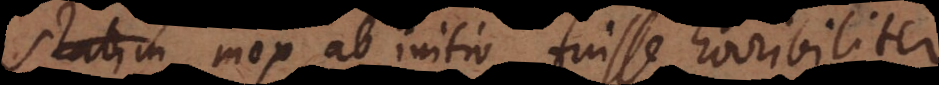
ta mox ab initio fuisse horribiliter